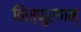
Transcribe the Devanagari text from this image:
विस्फुरणम्